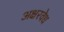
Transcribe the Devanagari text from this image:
अक्षरवेध